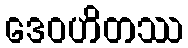
ဒေဝဟိတဿ